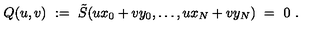
Q ( u , v ) \ : = \ \tilde { S } ( u x _ { 0 } + v y _ { 0 } , \ldots , u x _ { N } + v y _ { N } ) \ = \ 0 \ .